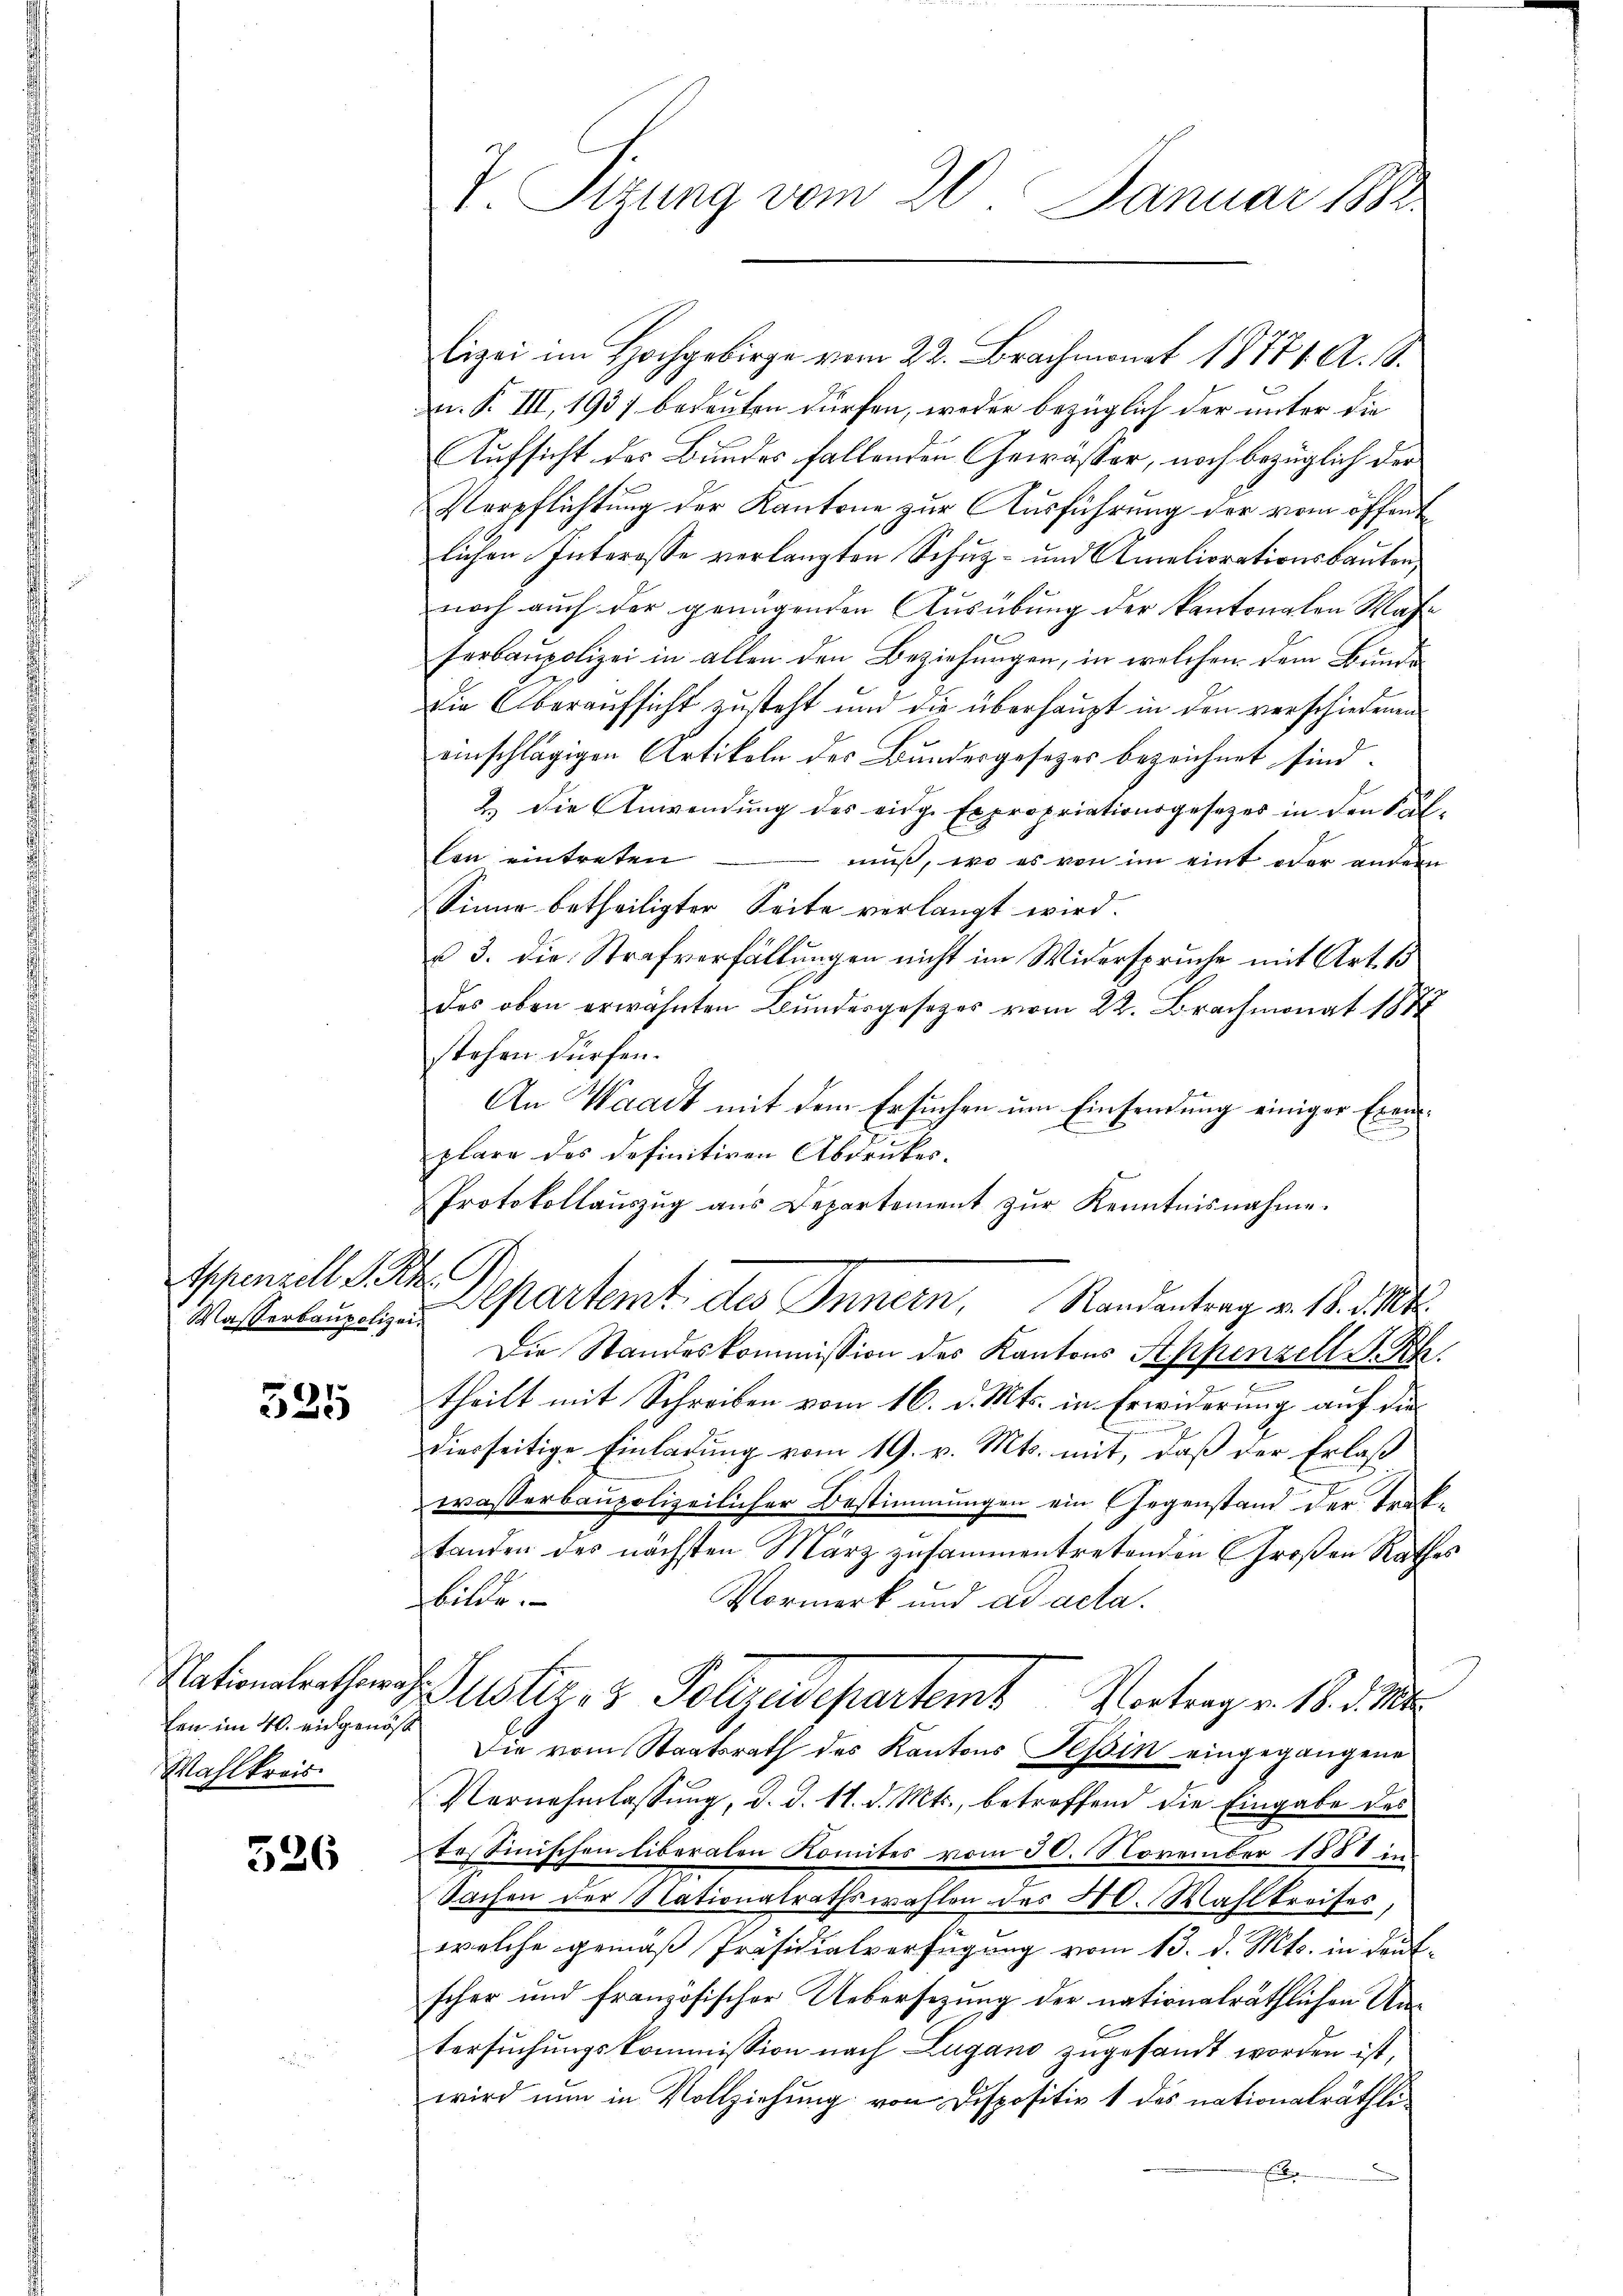
Sppenzell S. Rh.

525

fen im 40. eidgenöß
Wahlkreis

526

7. Sitzung vom 20. Januar 188

lizei im Hochgebirge vom 22. Brachmonat 18771. A. 1.
n. R. III, 1937 bedeuten dürfen, weder bezüglich der unter die
Aufsicht des Bundes fallenden Gewässer, noch bezüglich der
Verpflichtung der Kantone zur Ausführung der vom öffentlichen Interesse verlangten Schuz- und Ameliorationskanton,
noch auch der genügenden Ausübung der kantonalen Mahn
serbaupolizei in allen den Beziehungen, in welchen dem Brunde
die Oberaufsicht zusteht und die überhaupt in den verschiedenen
einschlägigen Artikeln des Bundesgesezes bezeichnet sind.
2.) Die Anwendŭng des eidg. Expropriationsgesezes in den Sal-
len eintreten
muß, wo es von im eint oder andern
Sinne betheiligter Seite verlangt wird.
u 3. die Strafverfällungen nicht im Widerspruche mit Art. 15
des oben erwähnten Bundesgesetzes vom 22. Brachmonat 1882
stehen dürfen.
An Waadt mit dem Ersuchen um Einsendung einiger Erausplare das definitiven Abdruckes.
Protokollaŭszŭg ans Departement zŭr Kenntnisnahme.
Wasserbau zu Departemt des Innern, Randantrag v. 18. d. Mts.
Die Standeskommission des Kantons Seppenzell A. Rh.
theilt mit Schreiben vom 16. d. Mts. in Erwiderung auf die
diesseitige Einladung vom 19. v. Mts. mit, daß der Erlaß
wasserbaupolizeilicher Bestimmungen ein Gegenstand der traftanden des nächsten März zusammentretenden Großen Rathes
bilde.
Vormerk und ad acta.
Nationalrathard Justiz- & Polizedepartemt Vortrag v. 18. d. M.
Die vom Staatsrath des Kantons Tessin eingegangene
Vernehmlassŭng, d. d. 11. d. Mts., betreffend die Eingabe des
tessinischen Eiberalen Komites vom 30. November 1881 in
Sachen der Nationalrathswahlen des 40. Wahlkreises,
welche gemäß Präsidialverfügung vom 13. d. Mts. in deutscher und französischer Uebersezung der nationalräthlichen Untersuchungskommission nach Lugano zugesandt worden ist,
wird nun in Vollziehung von Dispositiv 1 des nationalräthlie